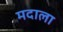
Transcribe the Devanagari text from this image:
मदाला